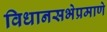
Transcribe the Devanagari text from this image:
विधानसभेप्रमाणे